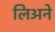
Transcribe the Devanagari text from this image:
लिअने